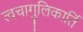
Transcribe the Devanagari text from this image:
त्वचागुलिकार्ति